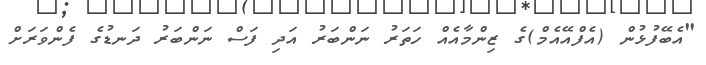
"އެބޭފުޅުން (އެފްއޭއެމް)ގެ ޒިންމާއެއް ހަތަރު ނަންބަރު އަދި ފަސް ނަންބަރު ދަނޑުގެ ފެންވަރަށް